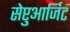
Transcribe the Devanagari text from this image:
सेप्टुआर्जिट